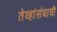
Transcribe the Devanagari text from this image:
तेव्हांसंघाची